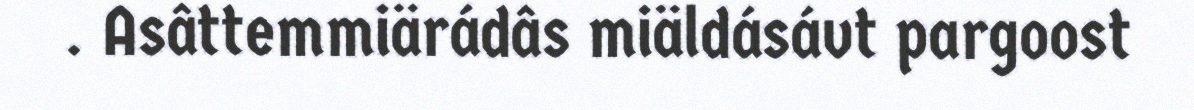
. Asâttemmiärádâs miäldásávt pargoost